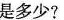
是多少？